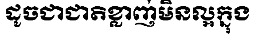
ដូចជាជាតិខ្លាញ់មិនល្អក្នុង